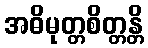
အဓိမုတ္တစိတ္တန္တိ